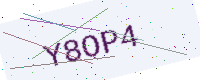
Text: Y8OP4